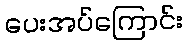
ပေးအပ်ကြောင်း